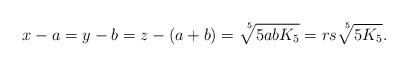
LaTeX: \begin{align*}x-a = y-b = z -(a+b)= \sqrt[\leftroot{-4} \uproot{5} 5]{5abK_5} = rs \sqrt[\leftroot{-4} \uproot{5} 5]{5K_5}.\end{align*}